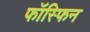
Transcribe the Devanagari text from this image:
फॉस्फिन